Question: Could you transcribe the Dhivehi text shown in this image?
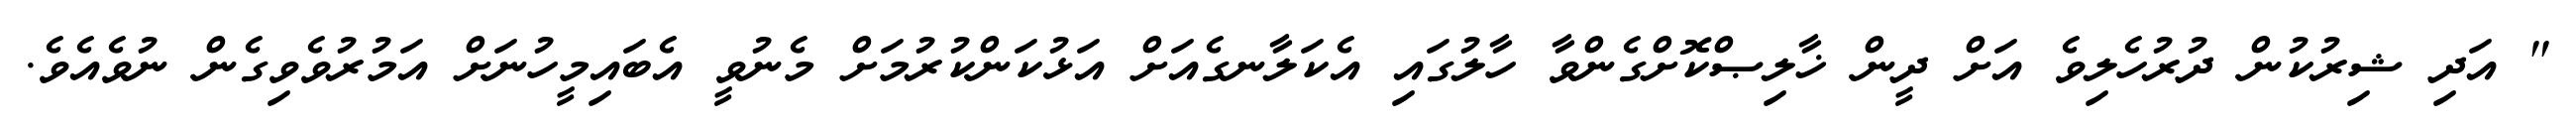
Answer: " އަދި ޝިރުކުން ދުރުހެލިވެ އަށް ދީން ޚާލިޞްކޮށްގެންވާ ހާލުގައި އެކަލާނގެއަށް އަޅުކަންކުރުމަށް މެނުވީ އެބައިމީހުނަށް އަމުރުވެވިގެން ނުވެއެވެ.